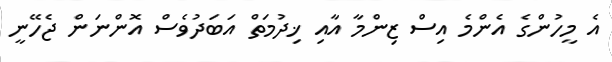
އެ މީހުންގެ އެންމެ އިސް ޒިންމާ އާއި ޚިދުމަތް އަބަދުވެސް އޮންނަން ޖެހޭނީ